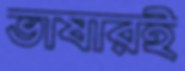
ভাষারই